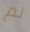
لم